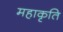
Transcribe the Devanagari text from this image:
महाकृति